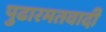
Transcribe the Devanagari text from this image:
पुढारमतवादी